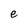
Character: e